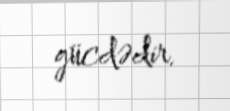
gücdədir.